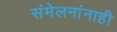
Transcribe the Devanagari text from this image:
संमेलनांनाही